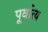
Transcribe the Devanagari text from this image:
पूर्वात्य